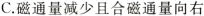
C.磁通量减少且合磁通量向右